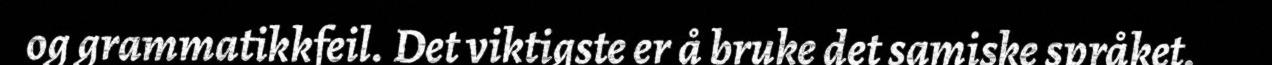
og grammatikkfeil. Det viktigste er å bruke det samiske språket.